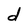
Character: d